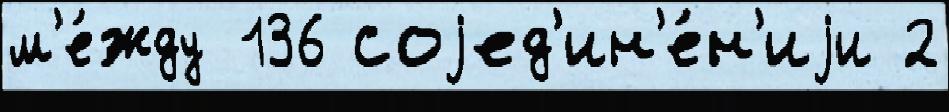
м'е́жду 136 соjед'ин'е́н'иjи 2